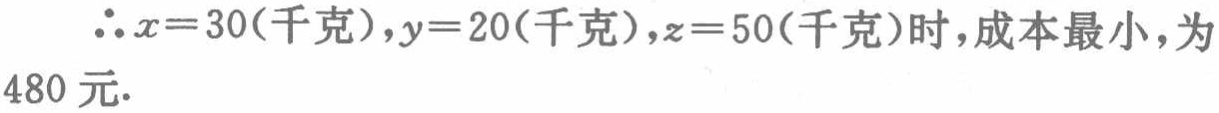
$\therefore x = 30(千克),y = 20(千克),z = 50(千克)时，成本最小，为\\480 元.$